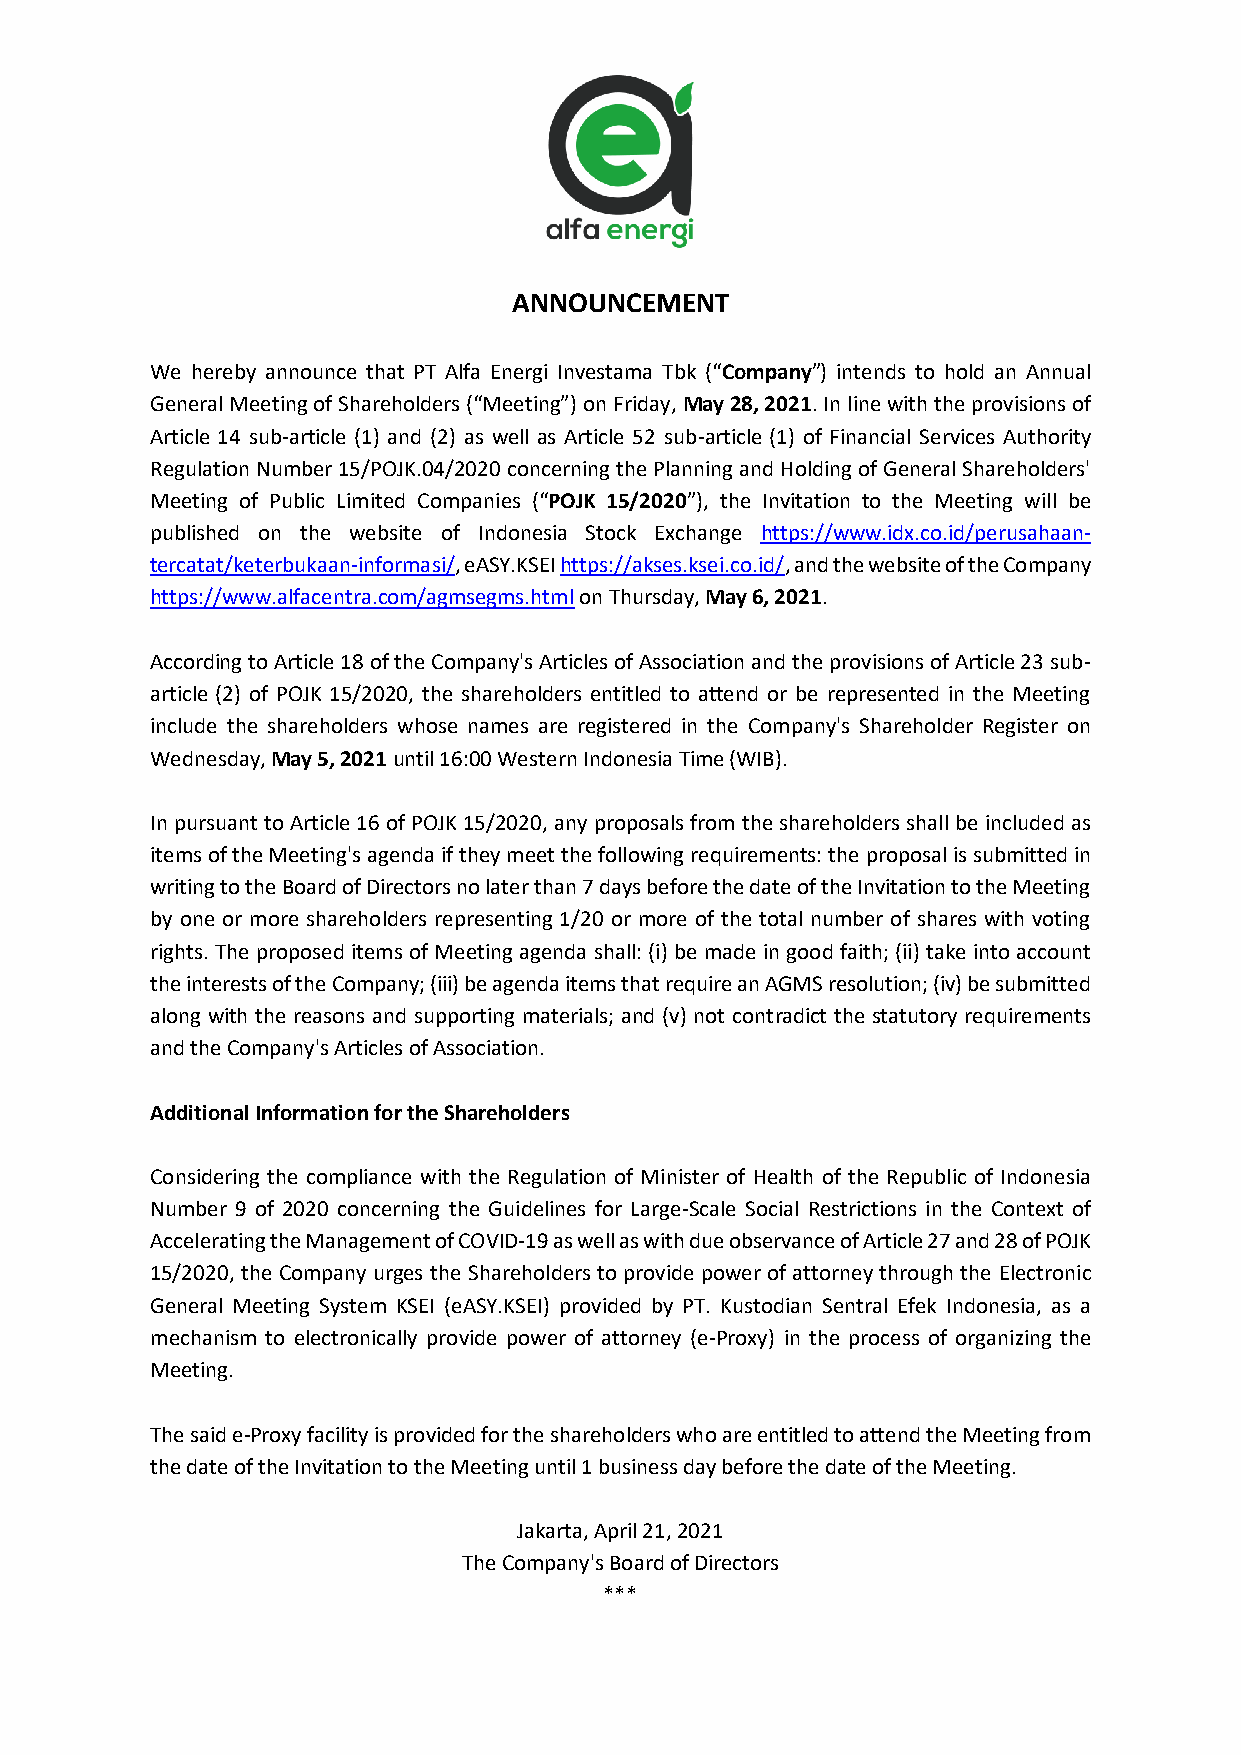
ANNOUNCEMENT
 We hereby announce that PT Alfa Energi Investama Tbk (“Company”) intends to hold an Annual
 General Meeting of Shareholders (“Meeting”) on Friday, May 28, 2021. In line with the provisions of
 Article 14 sub-article (1) and (2) as well as Article 52 sub-article (1) of Financial Services Authority
 Regulation Number 15/POJK.04/2020 concerning the Planning and Holding of General Shareholders'
 Meeting of Public Limited Companies (“POJK 15/2020”), the Invitation to the Meeting will be
 published on the website of Indonesia Stock Exchange https://www.idx.co.id/perusahaan-
 tercatat/keterbukaan-informasi/, eASY.KSEI https://akses.ksei.co.id/, and the website of the Company
 https://www.alfacentra.com/agmsegms.html on Thursday, May 6, 2021.
 According to Article 18 of the Company's Articles of Association and the provisions of Article 23 sub-
 article (2) of POJK 15/2020, the shareholders entitled to attend or be represented in the Meeting
 include the shareholders whose names are registered in the Company's Shareholder Register on
 Wednesday, May 5, 2021 until 16:00 Western Indonesia Time (WIB).
 In pursuant to Article 16 of POJK 15/2020, any proposals from the shareholders shall be included as
 items of the Meeting's agenda if they meet the following requirements: the proposal is submitted in
 writing to the Board of Directors no later than 7 days before the date of the Invitation to the Meeting
 by one or more shareholders representing 1/20 or more of the total number of shares with voting
 rights. The proposed items of Meeting agenda shall: (i) be made in good faith; (ii) take into account
 the interests of the Company; (iii) be agenda items that require an AGMS resolution; (iv) be submitted
 along with the reasons and supporting materials; and (v) not contradict the statutory requirements
 and the Company's Articles of Association.
 Additional Information for the Shareholders
 Considering the compliance with the Regulation of Minister of Health of the Republic of Indonesia
 Number 9 of 2020 concerning the Guidelines for Large-Scale Social Restrictions in the Context of
 Accelerating the Management of COVID-19 as well as with due observance of Article 27 and 28 of POJK
 15/2020, the Company urges the Shareholders to provide power of attorney through the Electronic
 General Meeting System KSEI (eASY.KSEI) provided by PT. Kustodian Sentral Efek Indonesia, as a
 mechanism to electronically provide power of attorney (e-Proxy) in the process of organizing the
 Meeting.
 The said e-Proxy facility is provided for the shareholders who are entitled to attend the Meeting from
 the date of the Invitation to the Meeting until 1 business day before the date of the Meeting.
 Jakarta, April 21, 2021
 The Company's Board of Directors
 ***